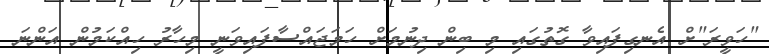
"ހަވީރަ"ށް އެނގިފައިވާ ގޮތުގައި މި ބިން ދިނުމަށް ހަމަޖައްސާފައިވަނީ މިހާރު ހިއްކަމުން އަންނަ